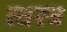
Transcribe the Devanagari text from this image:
त्वस्त्र